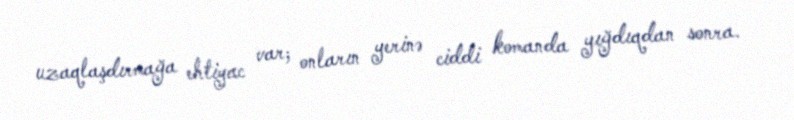
uzaqlaşdırmağa ehtiyac var; onların yerinə ciddi komanda yığdıqdan sonra.